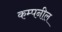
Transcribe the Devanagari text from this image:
कम्पनील